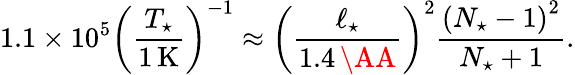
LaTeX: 1.1\times 10^{5}\left(\frac{T_{\star}}{1\, \mathrm{K}}\right)^{-1}\approx\left(\frac{\ell_{\star}}{1.4\, \AA}\right)^{2}\frac{\left(N_{\star}-1\right)^{2}}{N_{\star}+1}.